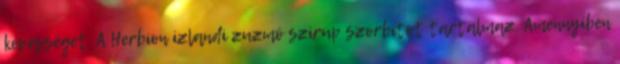
képességet. A Herbion izlandi zuzmó szirup szorbitot tartalmaz. Amennyiben